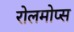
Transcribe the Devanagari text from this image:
रोलमोप्स